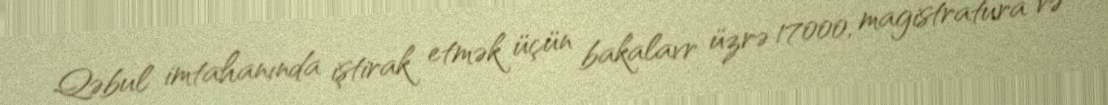
Qəbul imtahanında iştirak etmək üçün bakalavr üzrə 17000, magistratura və